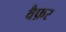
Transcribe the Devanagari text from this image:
वैफ़र